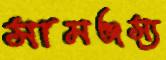
সামঞ্জস্য